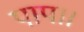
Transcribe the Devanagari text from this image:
पाप।।